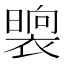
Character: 𭧯